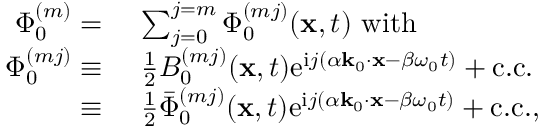
\begin{array} { r l } { \Phi _ { 0 } ^ { ( m ) } = ~ } & { \sum _ { j = 0 } ^ { j = m } \Phi _ { 0 } ^ { ( m j ) } ( \mathbf { x } , t ) ~ \mathrm { w i t h } ~ } \\ { \Phi _ { 0 } ^ { ( m j ) } \equiv ~ } & { \frac { 1 } { 2 } B _ { 0 } ^ { ( m j ) } ( \mathbf { x } , t ) \mathrm { e } ^ { \mathrm { i } j ( \alpha \mathbf { k } _ { 0 } \cdot \mathbf { x } - \beta \omega _ { 0 } t ) } + \mathrm { c . c . } } \\ { \equiv ~ } & { \frac { 1 } { 2 } \bar { \Phi } _ { 0 } ^ { ( m j ) } ( \mathbf { x } , t ) \mathrm { e } ^ { \mathrm { i } j ( \alpha \mathbf { k } _ { 0 } \cdot \mathbf { x } - \beta \omega _ { 0 } t ) } + \mathrm { c . c . } , } \end{array}